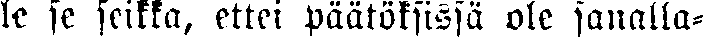
le se seikka, ettei päätöksissä ole sanalla-